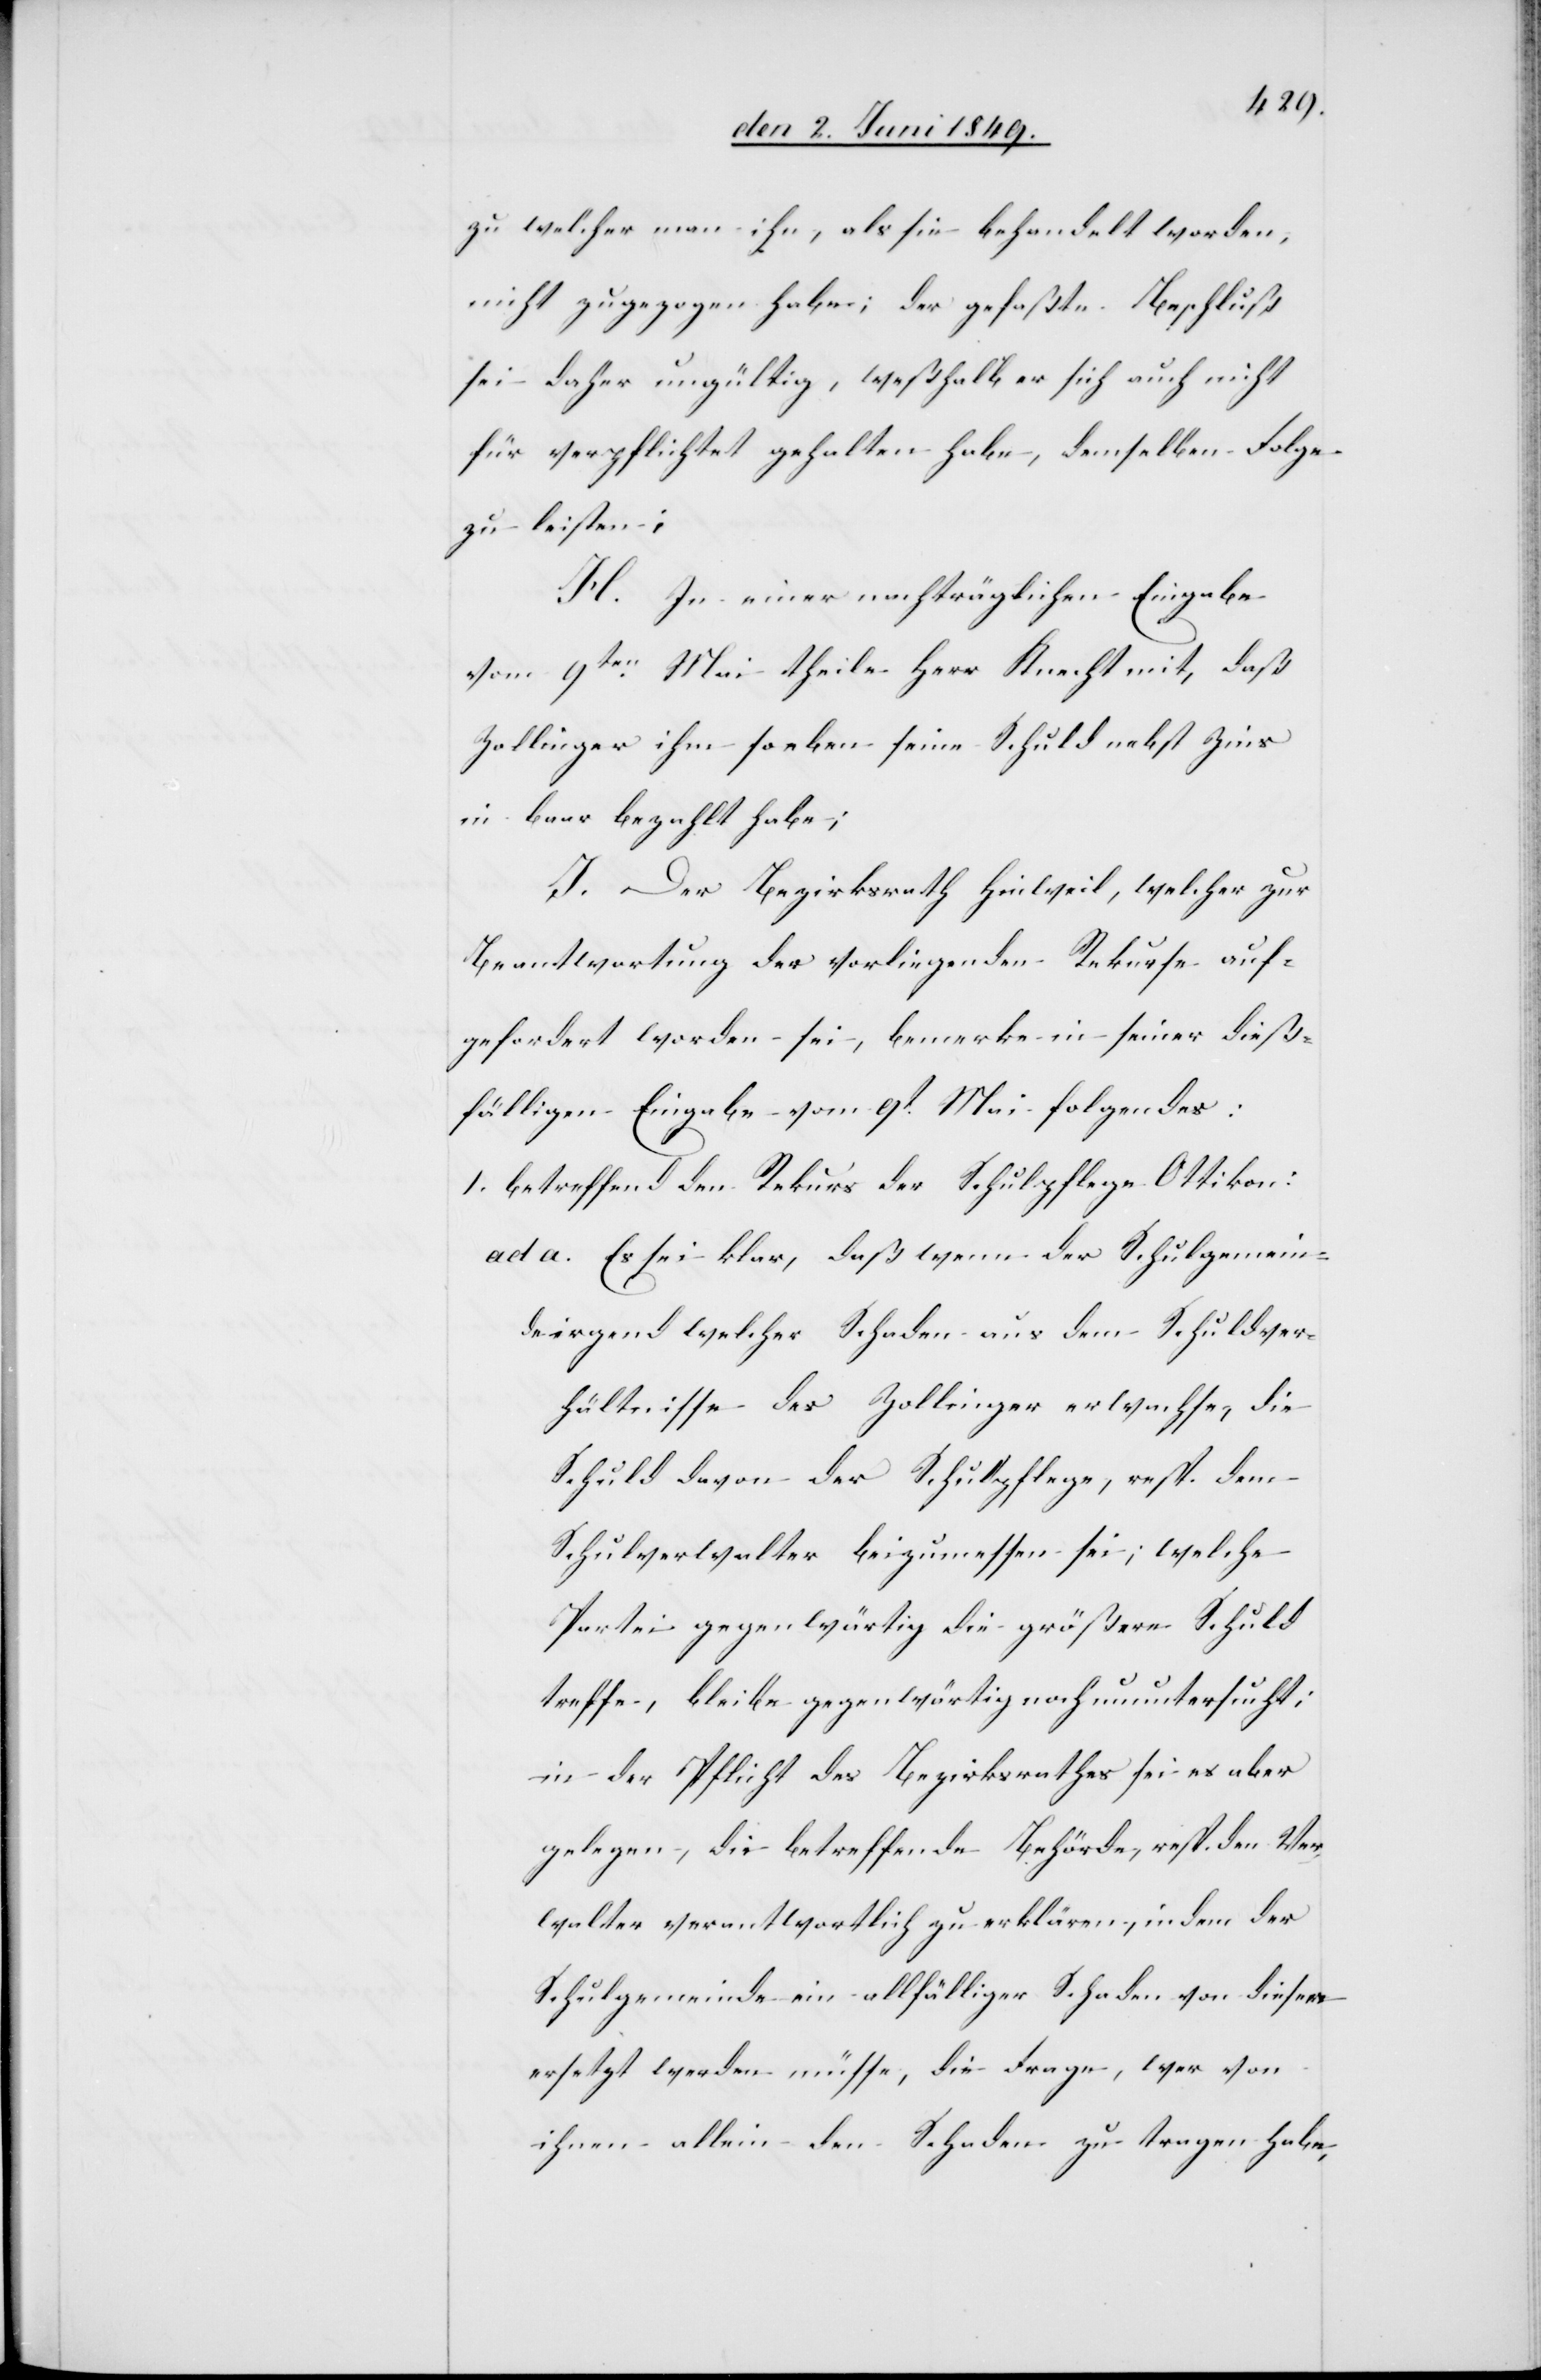
zu welcher man ihn, als sie behandelt worden,
nicht zugezogen habe; der gefaßte Beschluß
sei daher ungültig, weßhalb er sich auch nicht
für verpflichtet gehalten habe, demselben Folge
zu leisten;
H. In einer nachträglichen Eingabe
vom 9ten Mai theile Herr Knecht mit, daß
Zollinger ihm so eben seine Schuld nebst Zins
in baar bezahlt habe;
J. Der Bezirksrath Hinweil, welcher zur
Beantwortung der vorliegenden Rekurse auf¬
gefordert worden sei, bemerke in seiner dieß¬
fälligen Eingabe vom 9t Mai folgendes:
1. betreffend den Rekurs der Schulpflege Ottikon:
ad a. Es sei klar, daß wenn der Schulgemein¬
de irgend welcher Schaden aus dem Schuldver¬
hältnisse des Zollinger erwachse, die
Schuld davon der Schulpflege, resp. dem
Schulverwalter beizumessen sei, welche
Partei gegenwärtig die größere Schuld
treffe, bleibe gegenwärtig noch ununtersucht:
in der Pflicht des Bezirksrathes sei es aber
gelegen, die betreffende Behörde, resp. den Ver¬
walter verantwortlich zu erklären, indem der
Schulgemeinde ein allfälliger Schaden von diesen
ersetzt werden müsse, die Frage, wer von
ihnen allein den Schaden zu tragen habe,